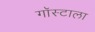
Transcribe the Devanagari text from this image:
गॉस्टाला